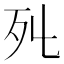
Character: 𣦾